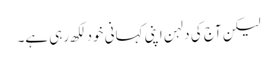
لیکن آج کی دلہن اپنی کہانی خود لکھ رہی ہے۔